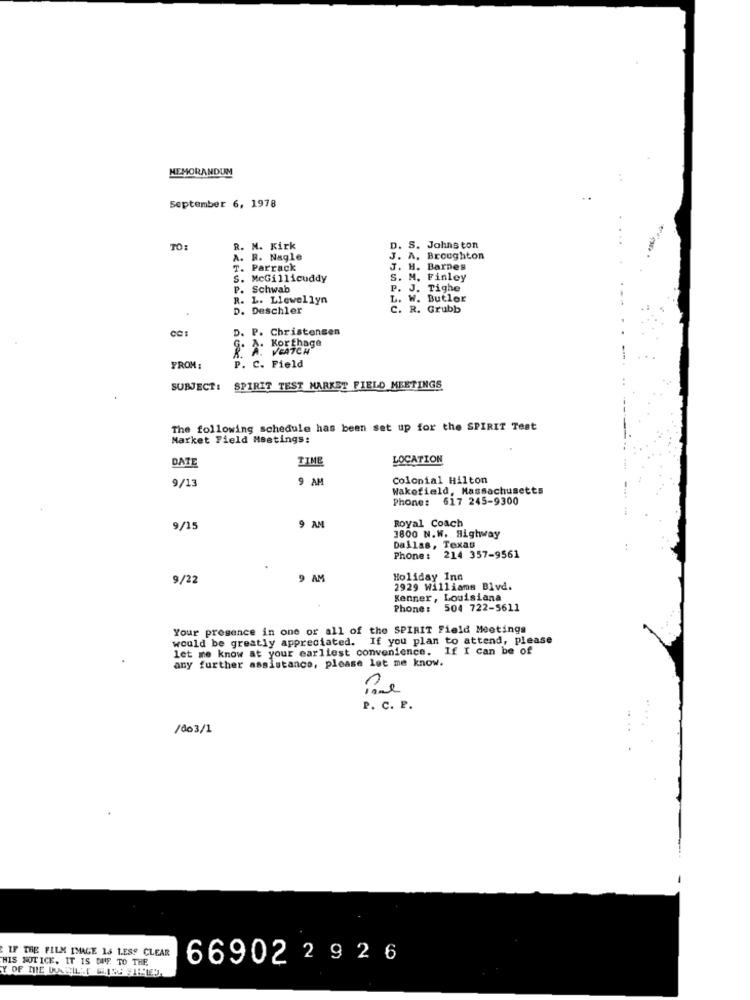
MEMORANDUM
September 6, 1978
TO
R. M. Kirk
D. S. Jalins ton
A. R. Nagle
.A. Broughton
T. Parrack
J. H. Barnes
S. McGillicuddy
S. M. Finley
P. Schwab
P. J. Tighe
R. L. Llewellyn
L. W. Butler
D. Deschler
C. R. Grubb
D. P. Christensen
G.
Korthage
R. A. VEATCH
FROM:
P. C. Field
SUBJECT:
SPIRIT TEST MARKET FIELD MEETINGS
The following schedule has been set up for the SPIRIT Test
Market Field Meetings:
DATE
TIME
LOCATION
9/13
9 AM
Colonial Hilton
Wakefield, Massachusetts
Phone: 617 245-9300
Royal Coach
9/15
9 AM
3800 N.W. Highway
Dallas, Texas
Phone :
214 357-9561
9/22
9 AM
Holiday Inn
2929 Williams Blvd.
Kenner, Louisiana
Phone: 504 722-5611
Your presence in one or all of the SPIRIT Field Meetings
would be greatly appreciated. If you plan to attend, please
let me know at your earliest convenience. If I can be of
any further assistance, please let me know.
P. C. P.
//03/1
IF THE FILM IMAGE 16 LESS CLEAR
HIS NOTICE. IT IS DUE TO THE
66902 2 9 2 6